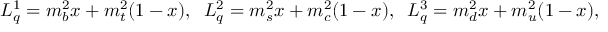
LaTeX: L _ { q } ^ { 1 } = m _ { b } ^ { 2 } x + m _ { t } ^ { 2 } ( 1 - x ) , \; \; L _ { q } ^ { 2 } = m _ { s } ^ { 2 } x + m _ { c } ^ { 2 } ( 1 - x ) , \; \; L _ { q } ^ { 3 } = m _ { d } ^ { 2 } x + m _ { u } ^ { 2 } ( 1 - x ) ,